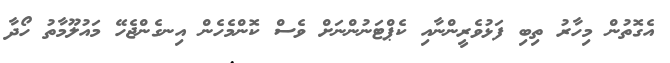
އެގޮތުން މިހާރު ތިބި ފަޅުވެރީންނާއި ކެޕްޓަނުންނަށް ވެސް ކޮންމެހެން އިނގެންޖެހޭ މައުލޫމާތު ހޯދާ